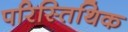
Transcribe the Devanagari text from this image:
परिस्तिथिक